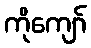
ကိုကျော်